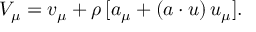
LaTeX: V _ { \mu } = v _ { \mu } + \rho \, [ a _ { \mu } + ( a \cdot u ) \, u _ { \mu } ] .